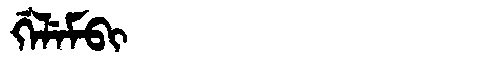
Manchu: ᡤᡝᠯᡝᠮᠪᡳ
Romanization: GELEMBI